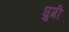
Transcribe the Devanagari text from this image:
घुगी